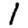
Digit: 1